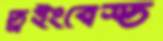
ড্রইংবেস্ড